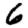
Digit: 6